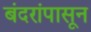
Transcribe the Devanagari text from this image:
बंदरांपासून